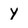
Character: Y